Civil Veterinary Department Bengal reports 1923-33 - 1923-1933
Year: 1923
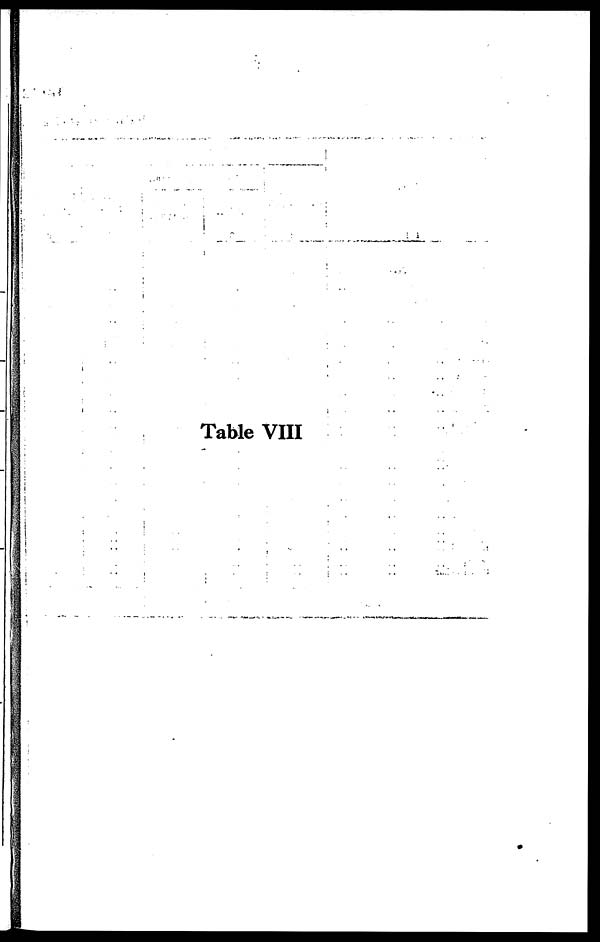
Table VIII